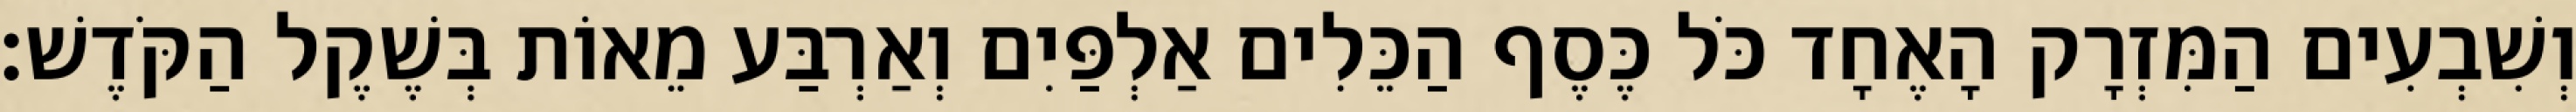
וְשִׁבְעִים הַמִּזְרָק הָאֶחָד כֹּל כֶּסֶף הַכֵּלִים אַלְפַּיִם וְאַרְבַּע מֵאוֹת בְּשֶׁקֶל הַקֹּדֶשׁ׃